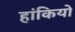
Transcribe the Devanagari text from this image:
हांकियो